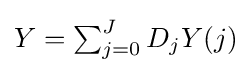
Y=\textstyle \sum _{j=0}^{J}\displaystyle D_{j}Y(j)